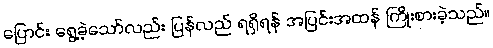
ပြောင်း ရွေ့ခဲ့သော်လည်း ပြန်လည် ရရှိရန် အပြင်းအထန် ကြိုးစားခဲ့သည်။